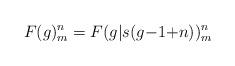
LaTeX: \begin{align*}F(g)_m^n = F(g|s(g{-}1{+}n))_m^n\end{align*}